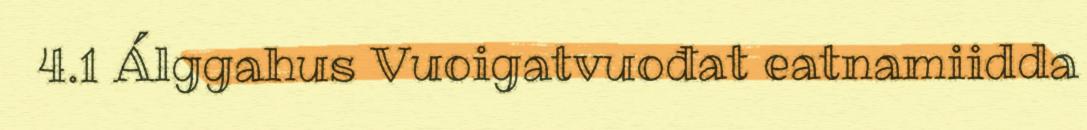
4.1 Álggahus Vuoigatvuođat eatnamiidda